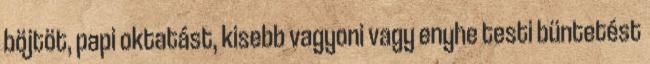
böjtöt, papi oktatást, kisebb vagyoni vagy enyhe testi büntetést